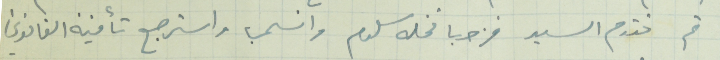
ثم تقدم السيد قزحيا نخله سلوم وانسحب واسترجع تأمينه القانوني